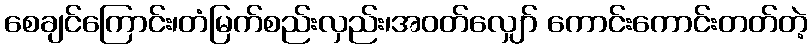
စေချင်ကြောင်း၊တံမြက်စည်းလှည်း၊အဝတ်လျှော် ကောင်းကောင်းတတ်တဲ့